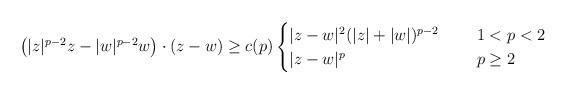
LaTeX: \begin{align*} \ \ \left(|z|^{p-2}z - |w|^{p-2}w\right)\cdot(z-w) \geq c(p) \begin{cases} |z-w|^2(|z|+|w|)^{p-2}\ \ &\ \ 1<p<2\\ |z-w|^p \ \ &\ \ p\geq 2\end{cases}\end{align*}